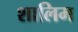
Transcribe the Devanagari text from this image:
शालिम